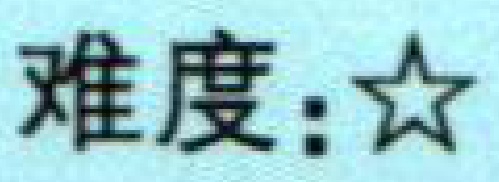
难度：$\star$